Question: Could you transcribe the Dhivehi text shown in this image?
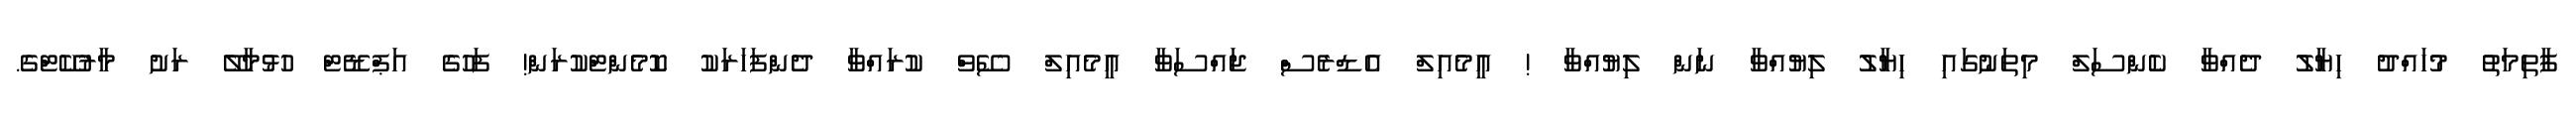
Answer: ފާތިމަތު މުހައްދު ހިޔާލު ދެއްވާ ކެންސަލް މިތަނުގައި ހިޔާލު ލިޔުއްވާ ނަން ލިޔުއްވާ ! އީމެއިލް އެޑްރެސް ޖައްސަވާ އީމެއިލް ސޭވް ކުރައްވާ ދެންފަހަރަކު ކޮމެންޓްކުރަން! ފަހުގެ އަޕްޑޭޓް ހުޅުމާލޭ ރަށު މާރުކޭޓްގެ.